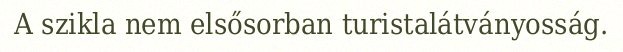
A szikla nem elsősorban turistalátványosság.